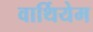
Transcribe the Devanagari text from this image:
वार्थियेम